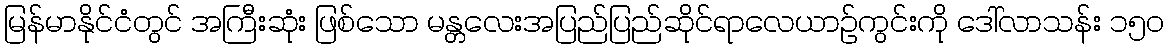
မြန်မာနိုင်ငံတွင် အကြီးဆုံး ဖြစ်သော မန္တလေးအပြည်ပြည်ဆိုင်ရာလေယာဉ်ကွင်းကို ဒေါ်လာသန်း ၁၅၀